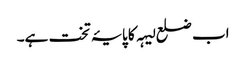
اب ضلع لیہہ کا پایۂ تخت ہے۔